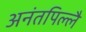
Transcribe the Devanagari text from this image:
अनंतपिल्लै